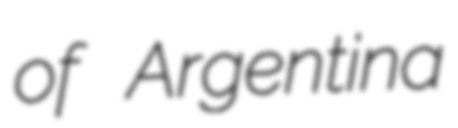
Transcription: of Argentina